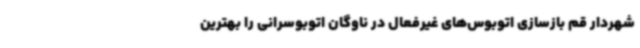
شهردار قم بازسازی اتوبوس‌های غیرفعال در ناوگان اتوبوسرانی را بهترین